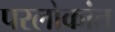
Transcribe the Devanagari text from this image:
परलोकांत